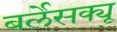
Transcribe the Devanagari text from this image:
बर्लेसक्यू